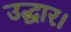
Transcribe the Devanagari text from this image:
उद्धार।